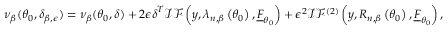
\nu _ { \beta } ( \boldsymbol { \theta } _ { 0 } , \boldsymbol { \delta } _ { \beta , \epsilon } ) = \nu _ { \beta } ( \boldsymbol { \theta } _ { 0 } , \boldsymbol { \delta } ) + 2 \epsilon \boldsymbol { \delta } ^ { T } \mathcal { I F } \left( \boldsymbol { y } , \boldsymbol { \lambda } _ { n , \beta } \left( \boldsymbol { \theta } _ { 0 } \right) , \underline { { F } } _ { \boldsymbol { \theta } _ { 0 } } \right) + \epsilon ^ { 2 } \mathcal { I F } ^ { ( 2 ) } \left( \boldsymbol { y } , R _ { n , \beta } \left( \boldsymbol { \theta } _ { 0 } \right) , \underline { { F } } _ { \boldsymbol { \theta } _ { 0 } } \right) ,